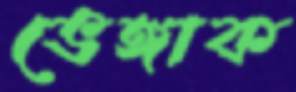
ভেঙ্গাক